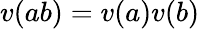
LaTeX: v(ab)=v(a)v(b)